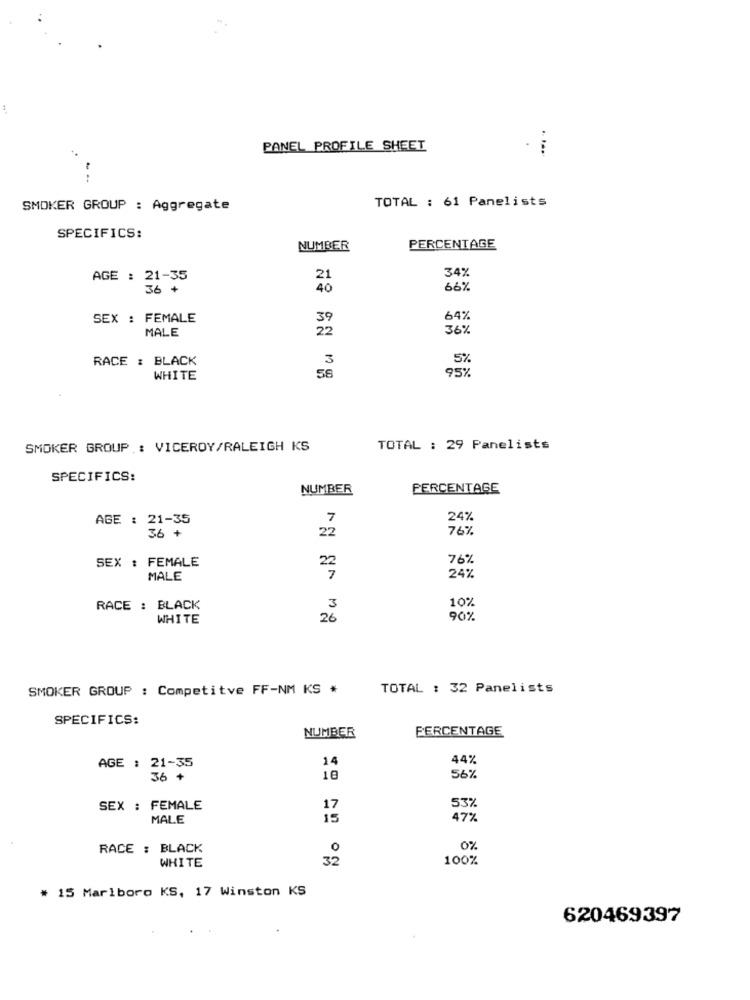
PANEL PROFILE SHEET
TOTAL : 61 Panelists
SMOKER GROUP : Aggregate
SPECIFICS:
PERCENTAGE
NUMBER
34%
AGE : 21-35
21
36 +
40
66%
SEX : FEMALE
39
64%
MALE
22
36%
RACE : BLACK
3
5%
95%
WHITE
58
SMOKER GROUP : VICEROY/RALEIGH KS
TOTAL : 29 Panelists
SPECIFICS:
NUMBER
PERCENTAGE
AGE : 21-35
7
24%
22
76%
36 +
SEX : FEMALE
76%
2
MALE
24%
10%
RACE : BLACK
3
WHITE
26
90%
SMOKER GROUP : Competitve FF-NM KS *
TOTAL : 32 Panelists
SPECIFICS:
NUMBER
PERCENTAGE
14
44%
AGE : 21-35
36 +
10
56%
SEX : FEMALE
53%
MALE
47%
RACE : BLACK
0%
100%
WHITE
* 15 Marlboro KS, 17 Winston KS
620469397